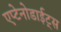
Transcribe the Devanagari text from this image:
एप्टेनोडाईट्स